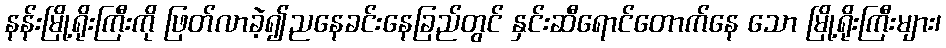
နန်းမြို့ရိုးကြီးကို ဖြတ်လာခဲ့၍ညနေခင်းနေခြည်တွင် နှင်းဆီရောင်တောက်နေ သော မြို့ရိုးကြီးများ၊